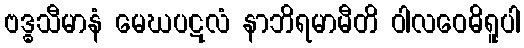
ဗဒ္ဓသီမာနံ မေဃပဋလံ နာဘိရမာမီတိ ဝါလဝေဓိရူပါ